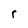
Character: r